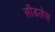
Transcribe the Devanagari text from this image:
सीडलेस